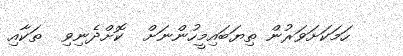
ހަމަކަށަވަރުން ތިޔަބައިމީހުންނަށް  ކޮށްދެނިވި  ތަކާއި